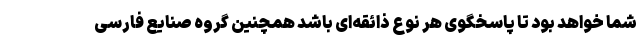
شما خواهد بود تا پاسخگوی هر نوع ذائقه‌ای باشد همچنین گروه صنایع فارسی